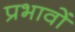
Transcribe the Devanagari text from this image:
प्रभावोें